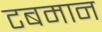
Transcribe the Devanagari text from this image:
टबमान